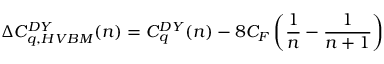
\Delta C _ { q , H V B M } ^ { D Y } ( n ) = C _ { q } ^ { D Y } ( n ) - 8 C _ { F } \left( \frac { 1 } { n } - \frac { 1 } { n + 1 } \right)